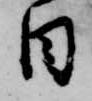
日